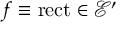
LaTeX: f \equiv \operatorname { r e c t } \in { \mathcal { E } } ^ { \prime }